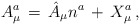
\begin{align*}A^a_\mu \, = \, \hat{A}_\mu n^a \, + \, X^a_\mu \, ,\end{align*}